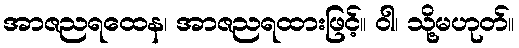
အာဇညရထေန၊ အာဇညရထားဖြင့်။ ဝါ၊ သို့မဟုတ်။